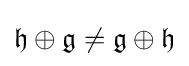
{\mathfrak {h}}\oplus {\mathfrak {g}}\neq {\mathfrak {g}}\oplus {\mathfrak {h}}